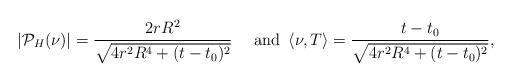
LaTeX: \begin{align*}|\mathcal{P}_H(\nu)|=\frac{2rR^2}{\sqrt{4r^2R^4+(t-t_0)^2}}\quad\mbox{ and }\left\langle \nu,T \right\rangle=\frac{t-t_0}{\sqrt{4r^2R^4+(t-t_0)^2}},\end{align*}